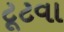
ટૂટવા